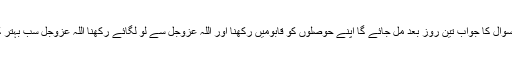
تمہیں تمہارے سوال کا جواب تین روز بعد مل جائے گا اپنے حوصلوں کو قابومیں رکھنا اور اللہ عزوجل سے لو لگائے رکھنا اللہ عزوجل سب بہتر کرنے والا ہے۔